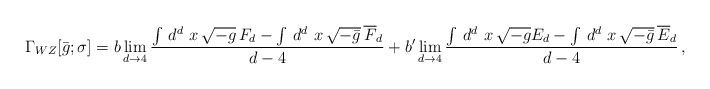
\begin{align*}\Gamma_{WZ}[\bar g;\sigma] = b \lim_{d\rightarrow 4} {\int\,d^d\,\,x\,\sqrt{-g}\, F_d - \int\,d^d\,\,x\,\sqrt{-\bar g}\,\overline F_d\over d-4}+ b'\lim_{d\rightarrow 4} {\int\,d^d\,\,x\,\sqrt{- g} E_d - \int\,d^d\,\,x\,\sqrt{-\bar g}\,\overline E_d\over d-4}\,,\end{align*}